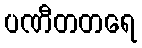
ပဏီတတရေ